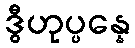
ဒွီဟုပ္ပန္နေ